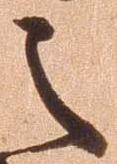
之